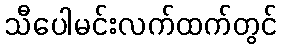
သီပေါမင်းလက်ထက်တွင်